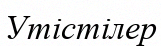
Утістілер